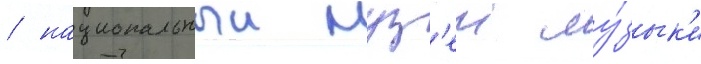
/ национальныи муз'еи му́зык'и